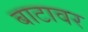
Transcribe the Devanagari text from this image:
बाटावर